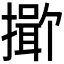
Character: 𪮯